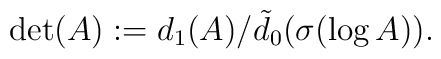
\det(A):=d_1(A)/\tilde{d}_0(\sigma(\log A)).